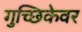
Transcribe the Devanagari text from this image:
गुच्छिकेवर